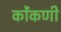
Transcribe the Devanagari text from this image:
कोंंकणी